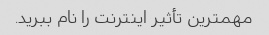
مهمترین تأثیر اینترنت را نام ببرید.